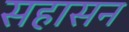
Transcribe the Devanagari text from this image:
सहासन